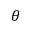
\theta